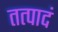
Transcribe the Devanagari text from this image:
तत्पादं